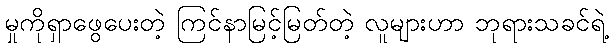
မှုကိုရှာဖွေပေးတဲ့ ကြင်နာမြင့်မြတ်တဲ့ လူများဟာ ဘုရားသခင်ရဲ့